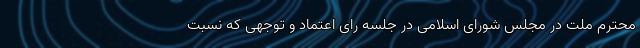
محترم ملت در مجلس شورای اسلامی در جلسه رای اعتماد و توجهی که نسبت